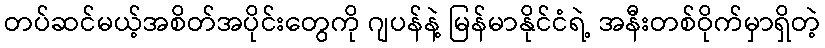
တပ်ဆင်မယ့်အစိတ်အပိုင်းတွေကို ဂျပန်နဲ့ မြန်မာနိုင်ငံရဲ့ အနီးတစ်ဝိုက်မှာရှိတဲ့